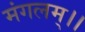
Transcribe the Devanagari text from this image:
मंगलम्।।